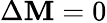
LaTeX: \Delta\mathbf{M}=0